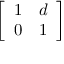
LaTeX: \left[ \begin{array} { l l } { 1 } & { d } \\ { 0 } & { 1 } \end{array} \right]